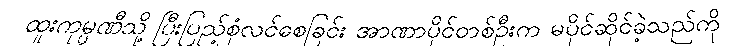
ထူးကုမ္ပဏီသို့ ပြီးပြည့်စုံလင်စေခြင်း အာဏာပိုင်တစ်ဦးက မပိုင်ဆိုင်ခဲ့သည်ကို